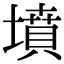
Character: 墳